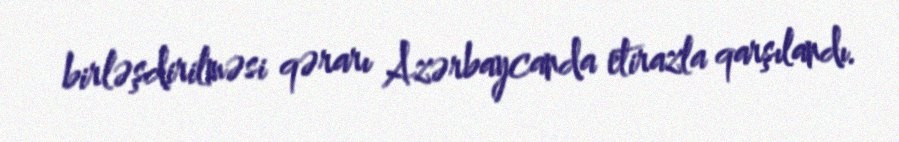
birləşdirilməsi qərarı Azərbaycanda etirazla qarşılandı.